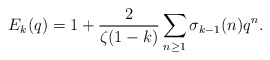
\begin{align*} E_k(q) = 1 + \frac{2}{\zeta(1-k)}\sum_{n \geq 1} \sigma_{k-1}(n)q^n.\end{align*}